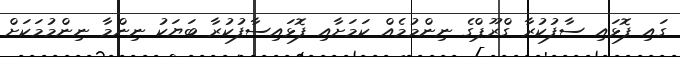
ގައި ފޮޅައި ސާފުކުރާ ގްރޫޕްގެ ނިންމުމެއް ކަމަށާއި ފޮޅައިސާފުކުރާ ބަޔަކު ނިންމާ ނިންމުމަކަށް